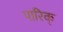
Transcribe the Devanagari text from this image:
पारिक्